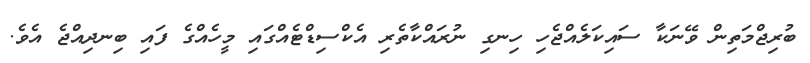
ބުރިޖްމަތިން ވޭނަކާ ސައިކަލެއްޖެހި ހިނގި ނުރައްކާތެރި އެކްސިޑްޓެއްގައި މީހެއްގެ ފައި ބިނދިއްޖެ އެވެ.